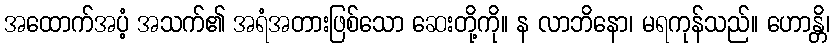
အထောက်အပံ့ အသက်၏ အရံအတားဖြစ်သော ဆေးတို့ကို။ န လာဘိနော၊ မရကုန်သည်။ ဟောန္တိ၊